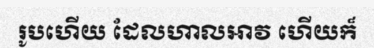
រូបហើយ ដែលហាលអាវ ហើយក៏